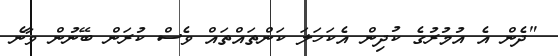
"ދެން އެ އުމުރުގެ ކުދިން އެކަހަލަ ކަންތައްތައް ވެސް ކުރަން ބޭނުން ވާނެ